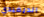
الديفيدي